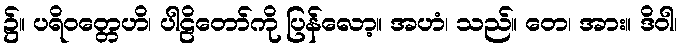
၌။ ပရိဝတ္တေဟိ၊ ပါဠိတော်ကို ပြန်လော့။ အဟံ၊ သည်။ တေ၊ အား။ ဒိဝါ၊